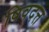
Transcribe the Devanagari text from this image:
षिवदत्त